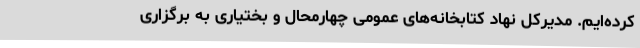
کرده‌ایم. مدیرکل نهاد کتابخانه‌های عمومی چهارمحال و بختیاری به برگزاری